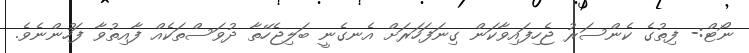
ނޯޓް:- ފިތުގެ ކެންސަރު ޖެހިފައިވާކަން ގިނަފަހަރަށް އެނގެނީ ބަލިޖެހޭތާ ދުވަސްތަކެއް ފާއިތުވާ ފަހުންނެވެ.